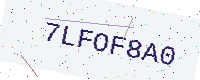
Text: 7LFOF8A0